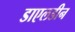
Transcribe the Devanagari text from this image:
डाएलडीन